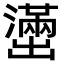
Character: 𫥭